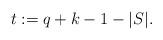
LaTeX: \begin{align*}t := q+k-1 - |S|. \end{align*}